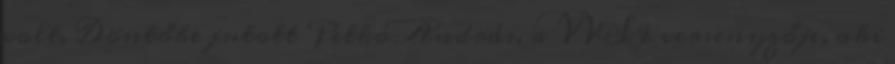
volt. Döntőbe jutott Petkó András, a VVSI versenyzője, aki